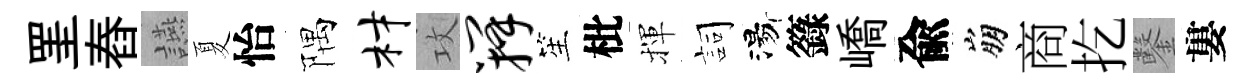
罣舂讌夏怡隅材攻瓣笙枇揮詞湯籙嶠兪崩商扢鑿婁